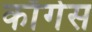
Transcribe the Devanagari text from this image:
काँगेस